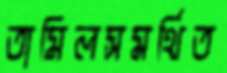
তামিলসমর্থিত